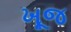
ખૂજ